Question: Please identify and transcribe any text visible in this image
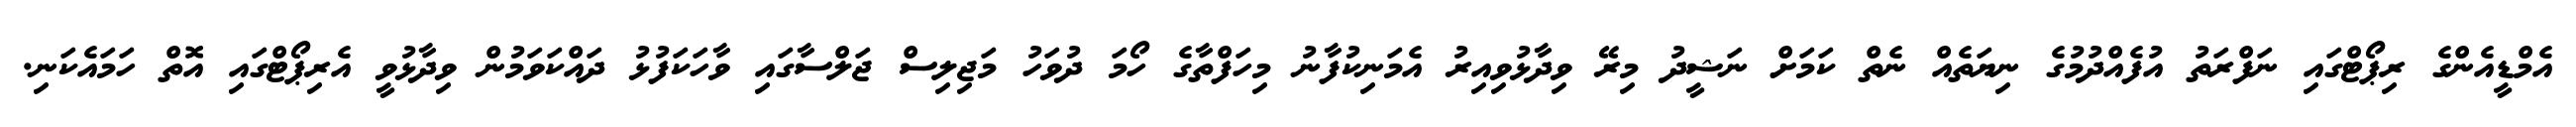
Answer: އެމްޑީއެންގެ ރިޕޯޓްގައި ނަފްރަތު އުފެއްދުމުގެ ނިޔަތެއް ނެތް ކަމަށް ނަޝީދު މިރޭ ވިދާޅުވިއިރު އެމަނިކުފާނު މިހަފްތާގެ ހޯމަ ދުވަހު މަޖިލިސް ޖަލްސާގައި ވާހަކަފުޅު ދައްކަވަމުން ވިދާޅުވީ އެރިޕޯޓްގައި އޮތް ހަމައެކަނި.